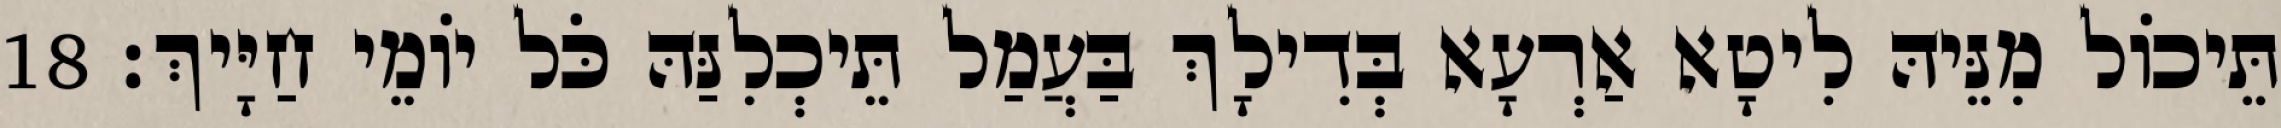
תֵּיכוֹל מִנֵּיהּ לִיטָא אַרְעָא בְּדִילָךְ בַּעֲמַל תֵּיכְלִנַּהּ כֹּל יוֹמֵי חַיָּיךְ׃ 18